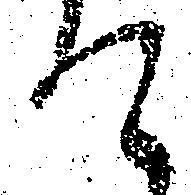
て